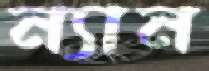
ন্যান